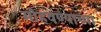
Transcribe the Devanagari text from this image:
मोहवण्याच्या